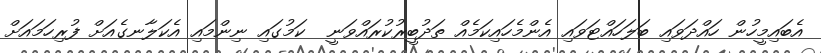
އެބައިމީހުން ހައްދަވައި ބަލަހައްޓަވައި އެންމެހައިކަމެއް ތަދުބީރުކުރައްވަނީ  ކަމުގައި ނިންމައި އެކަލާނގެއަށް ފުރިހަމައަށް